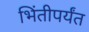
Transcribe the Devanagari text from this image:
भिंतीपर्यंत